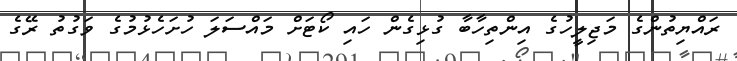
ރައްޔިތުންގެ މަޖިލީހުގެ އިންތިހާބާ ގުޅިގެން ހައި ކޯޓަށް މައްސަލަ ހުށަހެޅުމުގެ ވަގުތު ރޭގެ